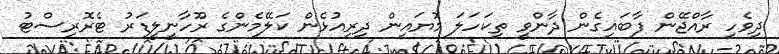
ދިވެހި ރާއްޖޭން ފާބައިގެން ދާންވީ ތިކަހަލަ މޮޔައިން ދިރިއުޅެން ކަލޭމެންގެ ރޫހާނީލީޑަރު ޓެރޮރިސްޓު